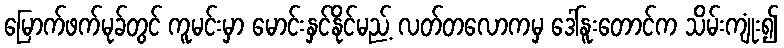
မြောက်ဖက်မုခ်တွင် ကူမင်းမှာ မောင်းနှင်နိုင်မည့် လတ်တလောကမှ ဒေါ်နူးတောင်က သိမ်းကျုံး၍